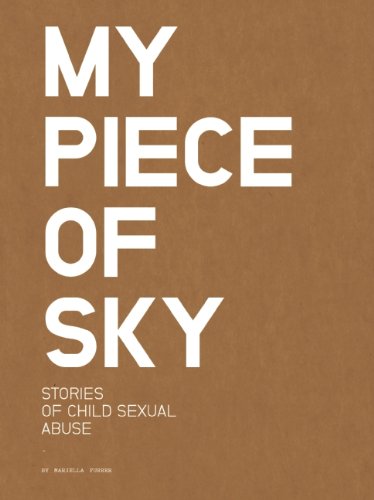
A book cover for MY PIECE OF SKY: stories of child sexual abuse; Mariella Furrer; Politics & Social Sciences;